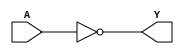
module MOD_74x04_6 (
    input [5:0] A,
    output [5:0] Y);

assign Y = ~A;

endmodule

module MOD_74x04_6_SPLIT (
    input [5:0] A,
    output [5:0] Y);

assign Y[0] = ~A[0];
assign Y[1] = ~A[1];
assign Y[2] = ~A[2];
assign Y[3] = ~A[3];
assign Y[4] = ~A[4];
assign Y[5] = ~A[5];

endmodule